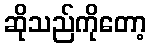
ဆိုသည်ကိုတော့